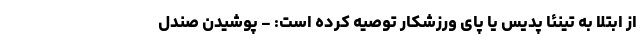
از ابتلا به تینئا پدیس یا پای ورزشکار توصیه کرده است: - پوشیدن صندل